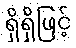
ရှိရှိဖြင့်